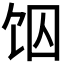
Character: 𱃶